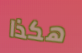
هكذا